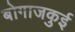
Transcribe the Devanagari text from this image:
बोगाजकुई